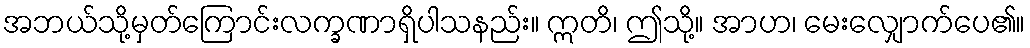
အဘယ်သို့မှတ်ကြောင်းလက္ခဏာရှိပါသနည်း။ ဣတိ၊ ဤသို့။ အာဟ၊ မေးလျှောက်ပေ၏။